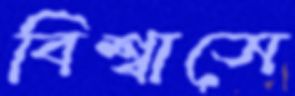
বিশ্বাসে